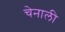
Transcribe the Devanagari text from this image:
चेनाली